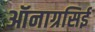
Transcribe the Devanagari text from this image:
ऑनाग्रसिई